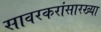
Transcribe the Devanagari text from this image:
सावरकरांसारख्या